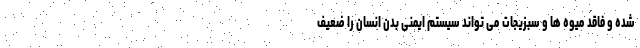
شده و فاقد میوه ها و سبزیجات می تواند سیستم ایمنی بدن انسان را ضعیف